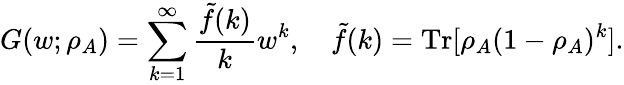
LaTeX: G(w;\rho_{A})=\sum_{k=1}^{\infty}\frac{\tilde{f}(k)}{k}w^{k},\quad\tilde{f}(k)=\operatorname{Tr}[\rho_{A}(1-\rho_{A})^{k}].